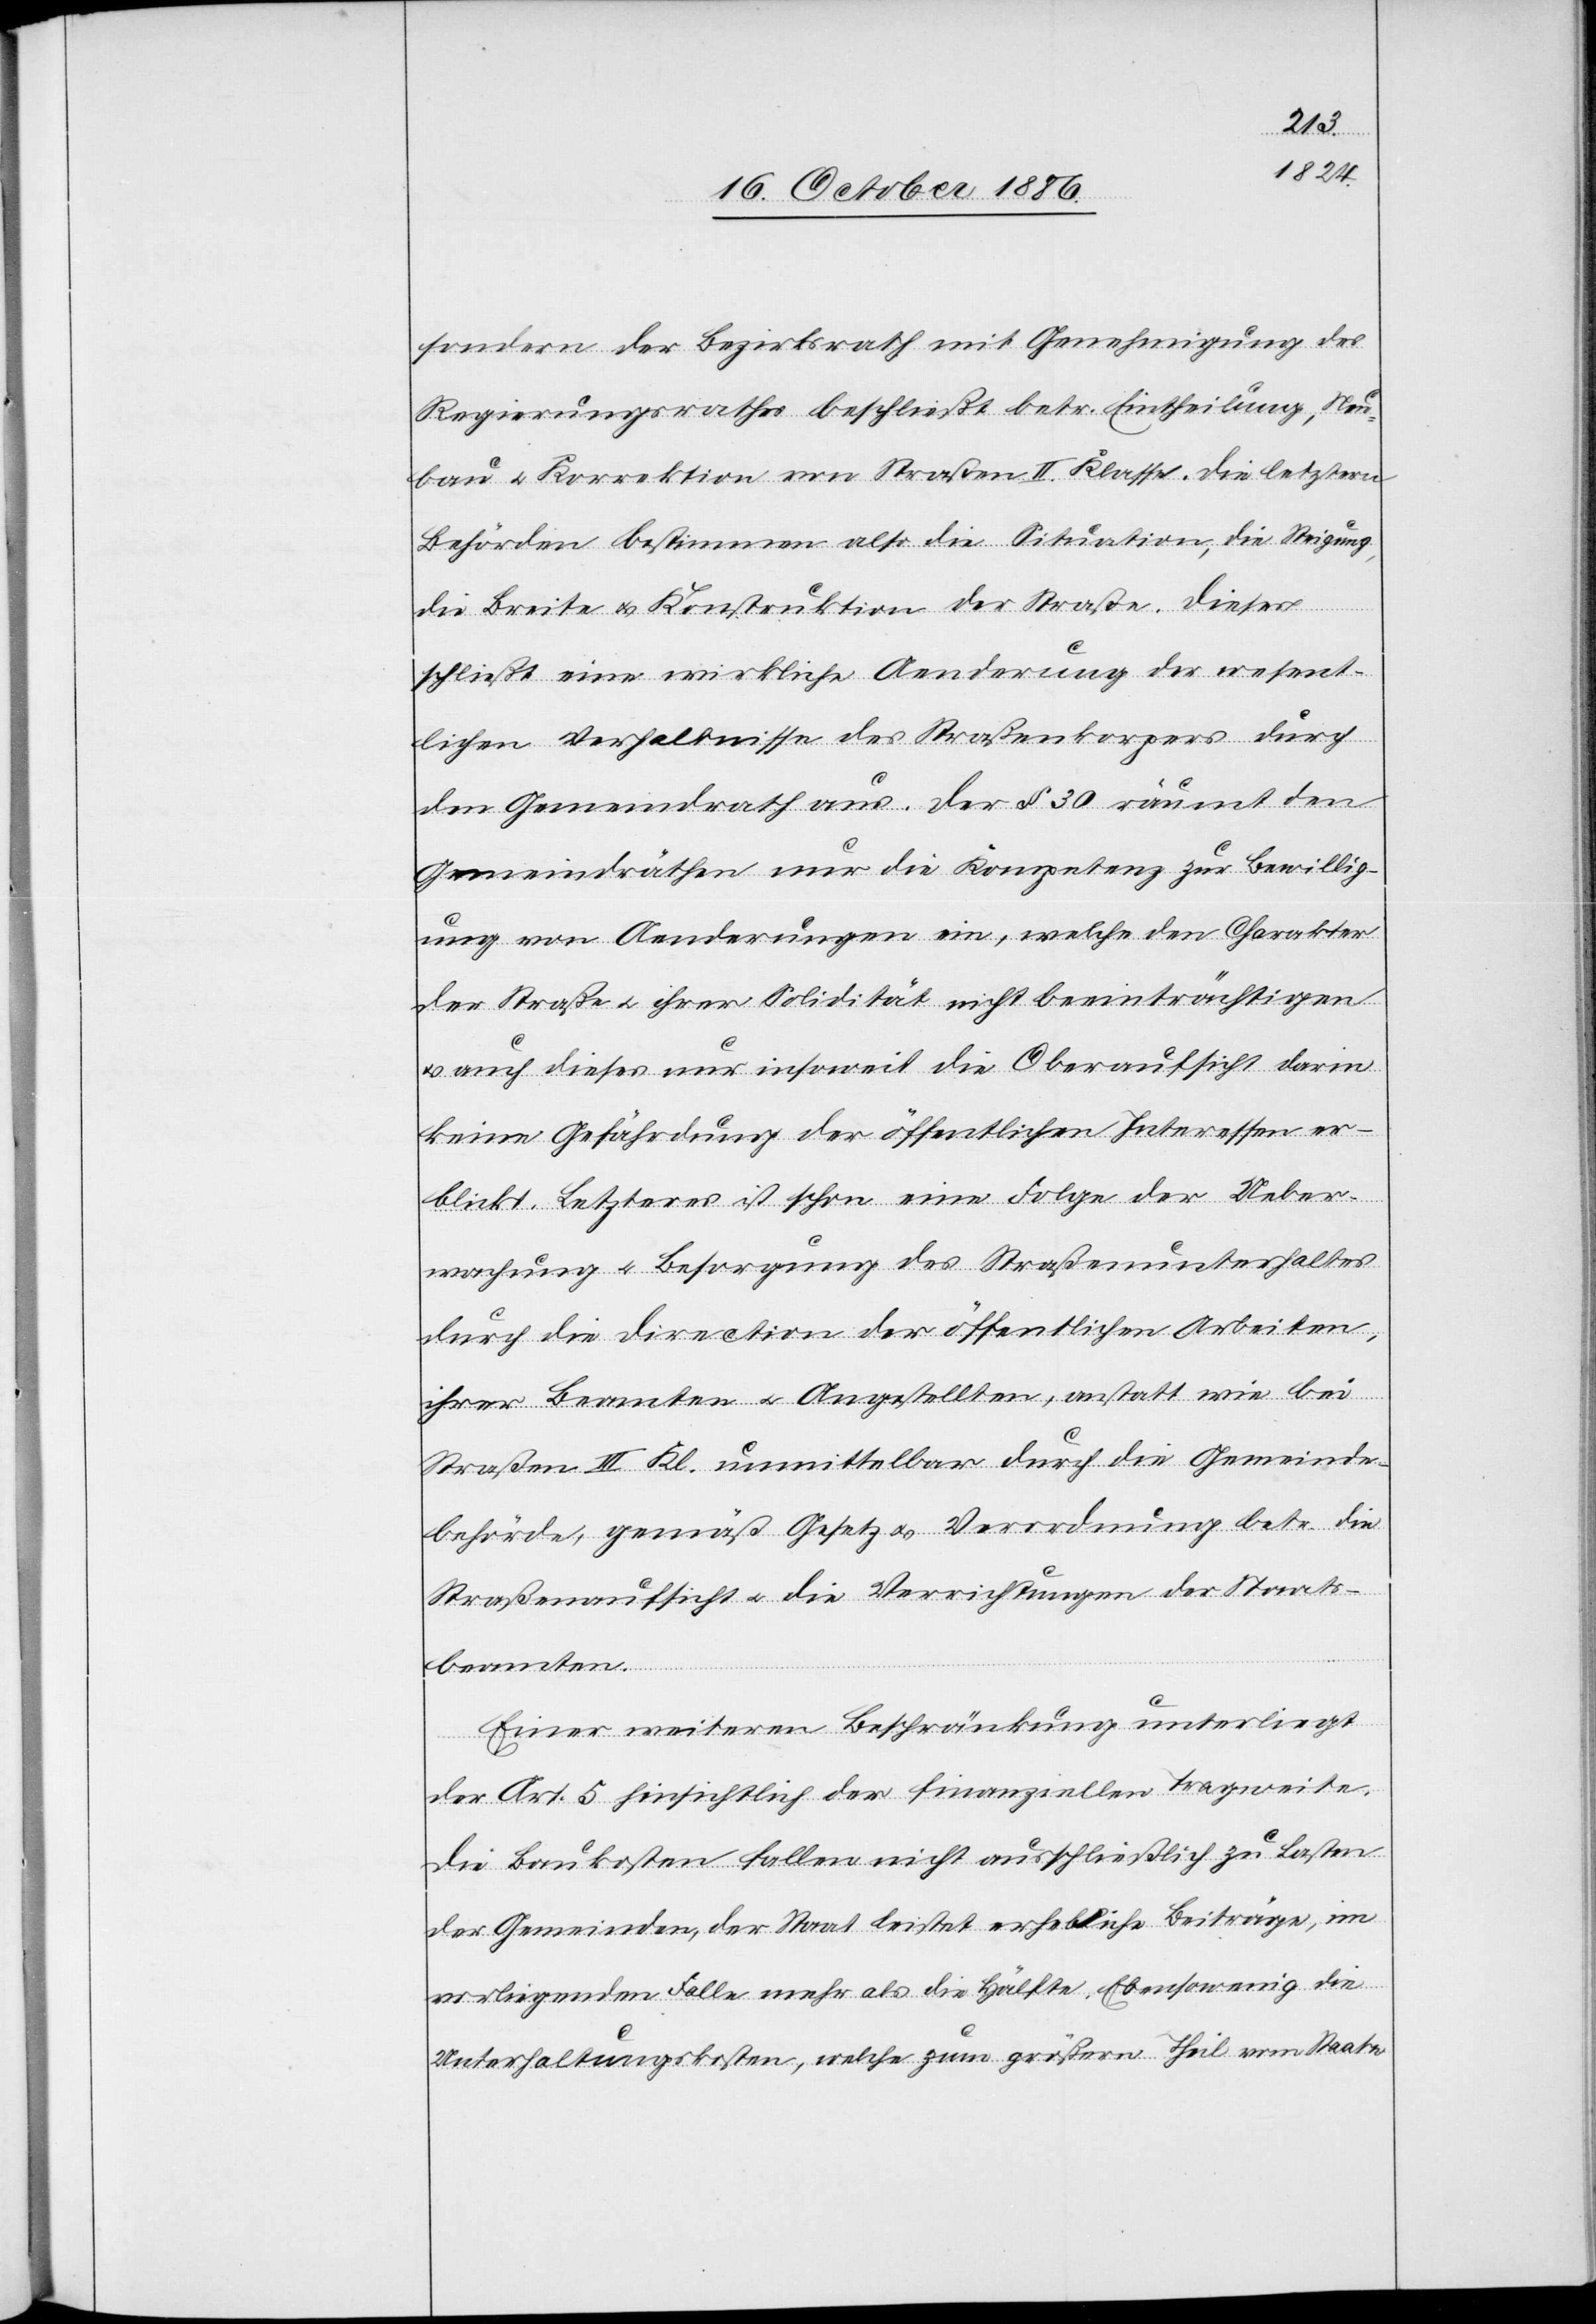
sondern der Bezirksrath mit Genehmigung des
Regierungsrathes beschließt betr. Eintheilung, Neu¬
bau & Korrektion von Straßen II. Klasse. Die letztern
Behörden bestimmen also die Situation, die Steigung,
durch
die Breite & Konstruktion der Straße. Dieses
schließt eine wirkliche Aenderung der wesent¬
den Gemeindrath aus. Der § 30 räumt den
Gemeindräthen nur die Kompetenz zur Bewillig¬
ung von Aenderungen ein, welche den Charakter
der Straße & ihrer Solidität nicht beeinträchtigen
& auch dieses nur insoweit die Oberaufsicht darin
keine Gefährdung der öffentlichen Interessen er¬
blickt. Letzteres ist schon eine Folge der Ueber¬
wachung & Besorgung des Straßenunterhaltes
durch die Direction der öffentlichen Arbeiten,
ihrer Beamten & Angestellten, anstatt wie bei
Straßen III. Kl. unmittelbar durch die Gemeinde¬
behörde, gemäß Gesetz & Verordnung betr. die
Straßenaufsicht & die Verrichtungen der Staats¬
beamten.
Einer weiteren Beschränkung unterliegt
der Art. 5 hinsichtlich der finanziellen Tragweite.
Die Baukosten fallen nicht ausschließlich zu Lasten
der Gemeinden, der Staat leistet erhebliche Beiträge, im
vorliegenden Falle mehr als die Hälfte. Ebensowenig die
Unterhaltungskosten, welche zum größern Theil vom Staate